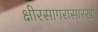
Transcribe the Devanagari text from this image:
क्षीरसागरासारखा